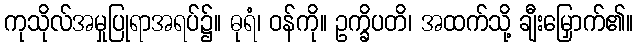
ကုသိုလ်အမှုပြုရာအရပ်၌။ ဓုရံ၊ ဝန်ကို။ ဥက္ခိပတိ၊ အထက်သို့ ချီးမြှောက်၏။